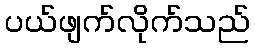
ပယ်ဖျက်လိုက်သည်